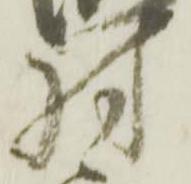
村